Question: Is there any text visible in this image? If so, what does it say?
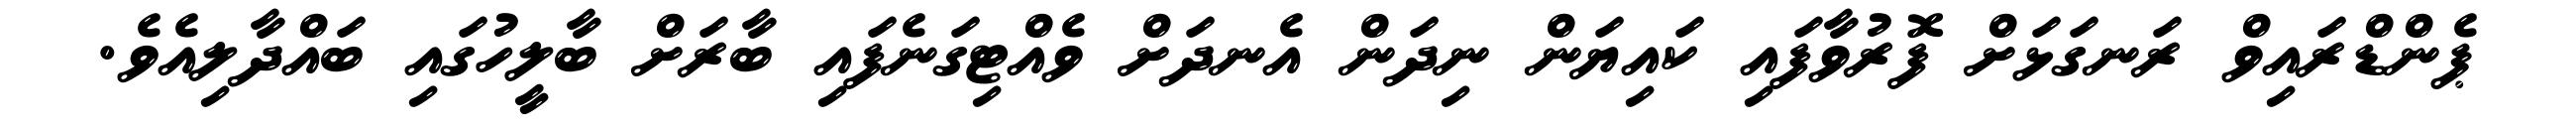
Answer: ޕެންޑްރައިވް ރަނގަޅަށް ފޮރުވާފައި ކައިޔަން ނިދަން އެނދަށް ވެއްޓިގަނެފައި ބާރަށް ބާލީހުގައި ބައްދާލިއެވެ.